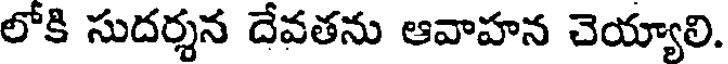
లోకి సుదర్శన దేవతను ఆవాహన చెయ్యాలి.